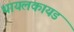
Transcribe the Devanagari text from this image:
थायलकायड